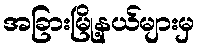
အခြားမြို့နယ်များမှ